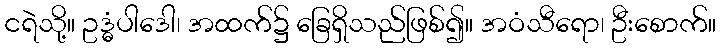
ငရဲသို့။ ဥဒ္ဓံပါဒေါ၊ အထက်၌ ခြေရှိသည်ဖြစ်၍။ အဝံသီရော၊ ဦးစောက်။